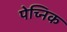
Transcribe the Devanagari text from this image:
पेच्निक